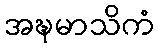
အဍ္ဎမာသိကံ